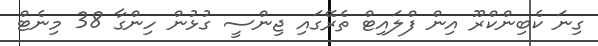
ގިނަ ކެބިންކްރޫ އިން ފްލައިޓް ތެރޭގައި ޖިންސީ ގުޅުން ހިންގާ 38 މިނެޓް